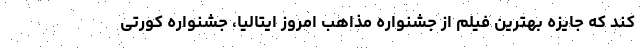
کند که جایزه بهترین فیلم از جشنواره مذاهب امروز ایتالیا، جشنواره کورتی